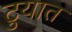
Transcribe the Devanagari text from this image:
टुयात